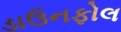
ડાઉનફોલ